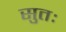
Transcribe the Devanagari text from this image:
सुतः